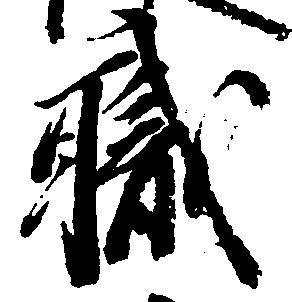
職